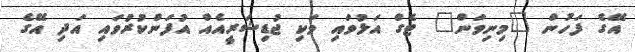
އޭގެ ފަހުން "މިނިވަން" ޓެގް އަޅުވައި ވަކި ޖުޑިޝަރީއެއް އުފަންކުރުވައި އަދި އޭގެ